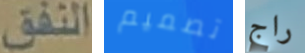
النفق تصميم راج